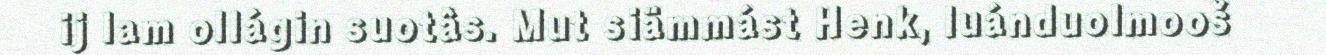
ij lam ollágin suotâs. Mut siämmást Henk, luánduolmooš